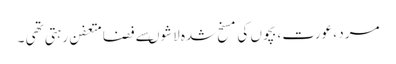
مرد ، عورت ، بچوں کی مسخ شدہ لاشوںسے فضامتعفن رہتی تھی ۔